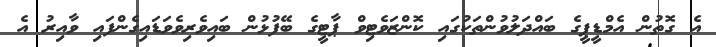
އެ ގޮތުން އެމްޑީޕީގެ ބައްދަލުވުންތަކުގައި ކޮންޒަވެޓިވް ޕާޓީގެ ބޭފުޅުން ބައިވެރިވެވަޑައިގެންފައި ވާއިރު އެ